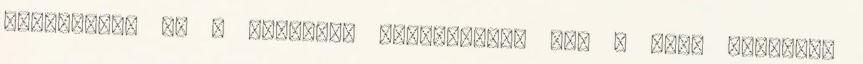
Libanonban és a környező országokban élő – drúz közösség